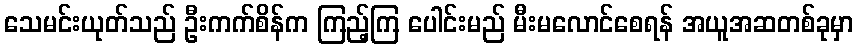
သေမင်းယုတ်သည် ဦးကက်စိန်က ကြည့်ကြ ပေါင်းမည် မီးမလောင်စေရန် အယူအဆတစ်ခုမှာ